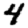
Digit: 4